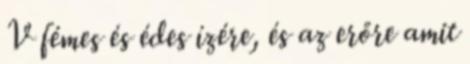
V fémes és édes ízére, és az erőre amit